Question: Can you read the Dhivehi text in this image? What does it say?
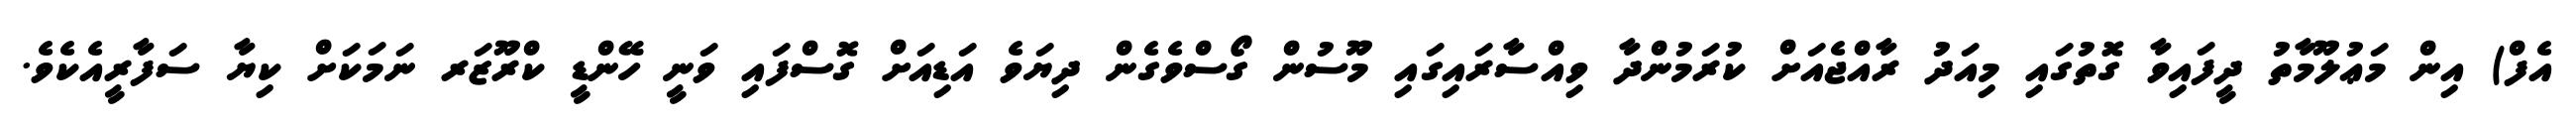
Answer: އެފް) އިން މަޢުލޫމާތު ދީފައިވާ ގޮތުގައި މިއަދު ރާއްޖެއަށް ކުރަމުންދާ ވިއްސާރައިގައި މޫސުން ގޯސްވެގެން ދިޔަވެ އަޑިއަށް ގޮސްފައި ވަނީ ހޭންޑީ ކްރޫޒަރ ނަމަކަށް ކިޔާ ސަފާރީއެކެވެ.